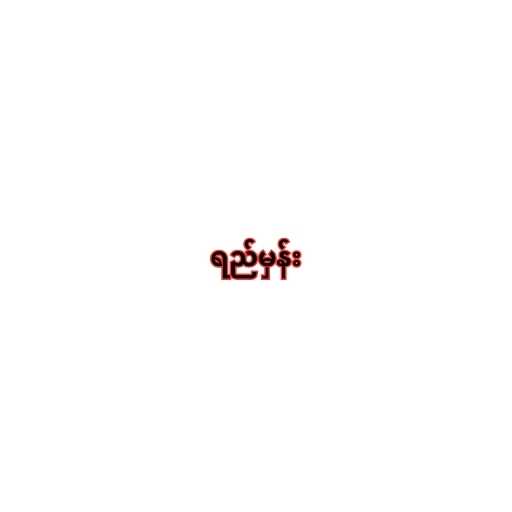
ရည်မှန်း